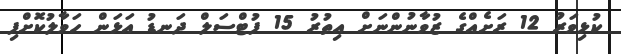
ކުޅިވަރު 12 ރަށެއްގެ ޒުވާނުންނަށް އިތުރު 15 ފުޓްސަލް ދަނޑު އަޅަން ހަވާލުކޮށްފި